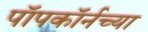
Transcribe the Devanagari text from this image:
पॉपकॉर्नच्या